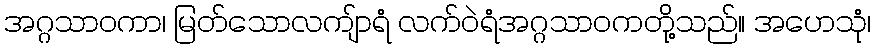
အဂ္ဂသာဝကာ၊ မြတ်သောလကျ်ာရံ လက်ဝဲရံအဂ္ဂသာဝကတို့သည်။ အဟေသုံ၊